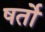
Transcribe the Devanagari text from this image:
षर्तो